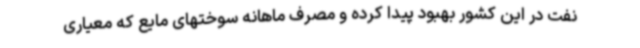
نفت در این کشور بهبود پیدا کرده و مصرف ماهانه سوختهای مایع که معیاری